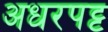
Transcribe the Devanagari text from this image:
अधरपट्ट